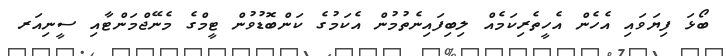
ބޯޅަ ފިޔަވައި އެހެން އެހީތެރިކަމެއް ލިބިފައިނެތުމުން އެކަމުގެ ކަންބޮޑުވުން ޓީމްގެ މެނޭޖްމަންޓާއި ސީނިއަރ